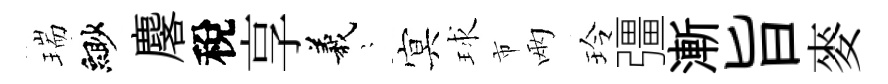
瑞緲麐稅享義隠㝠球市兩玲彊漸旨麥